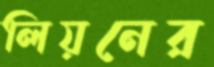
লিয়নের